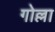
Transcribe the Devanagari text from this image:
गोल्ला